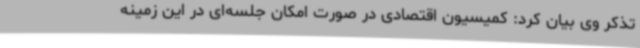
تذکر وی بیان کرد: کمیسیون اقتصادی در صورت امکان جلسه‌ای در این زمینه